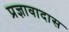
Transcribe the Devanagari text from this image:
प्रज्ञावादास